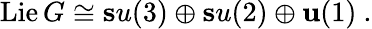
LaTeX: \mathrm{Lie\, }G\cong{\mathbf su}(3)\oplus{\mathbf su}(2)\oplus{\mathbf u}(1)\ .